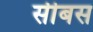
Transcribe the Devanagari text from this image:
सीबस